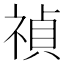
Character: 禎